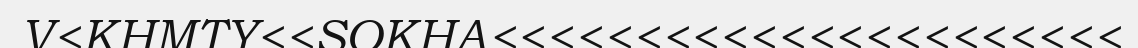
V<KHMTY<<SOKHA<<<<<<<<<<<<<<<<<<<<<<